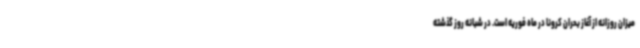
میزان روزانه از آغاز بحران کرونا در ماه فوریه است. در شبانه روز گذشته